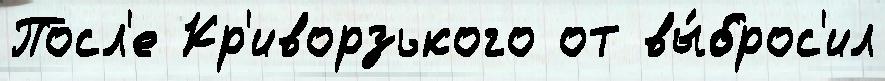
Посл'е Кр'иворзького от вы́брос'ил